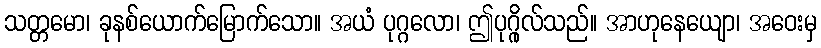
သတ္တမော၊ ခုနစ်ယောက်မြောက်သော။ အယံ ပုဂ္ဂလော၊ ဤပုဂ္ဂိုလ်သည်။ အာဟုနေယျော၊ အဝေးမှ